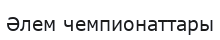
Әлем чемпионаттары